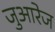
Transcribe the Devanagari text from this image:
जुआरेज